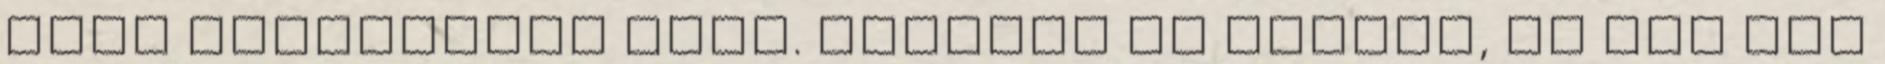
Csak tündökölve árad. Simogat és átölel, de nem kér